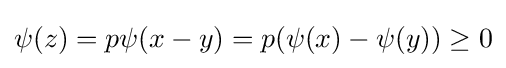
\psi (z)=p\psi (x-y)=p(\psi (x)-\psi (y))\geq 0